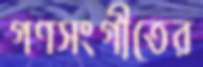
গণসংগীতের